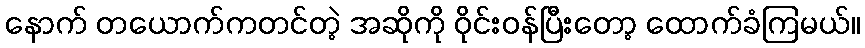
နောက် တယောက်ကတင်တဲ့ အဆိုကို ဝိုင်းဝန်ပြီးတော့ ထောက်ခံကြမယ်။